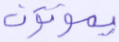
يموتون